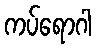
ကပ်ရောဂါ